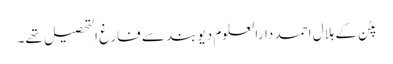
پٹن کے ہلال احمد دارالعلوم دیوبند سے فارغ التحصیل تھے۔